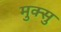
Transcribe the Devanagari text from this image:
मुक्सु